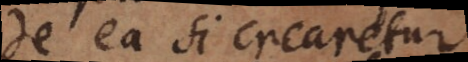
de ea si crearetur